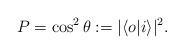
LaTeX: \begin{align*}P=\cos^2 \theta := |\langle o |i\rangle|^2\/.\end{align*}